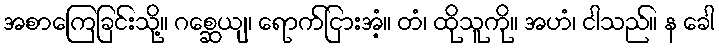
အစာကြေခြင်းသို့။ ဂစ္ဆေယျ၊ ရောက်ငြားအံ့။ တံ၊ ထိုသူကို။ အဟံ၊ ငါသည်။ န ခေါ